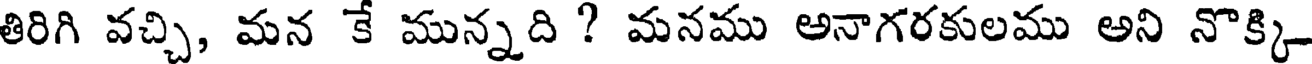
తిరిగి వచ్చి, మన కే మున్నది ? మనము అనాగరకులము అని నొక్కి